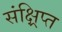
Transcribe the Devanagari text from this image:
संक्ष्रिप्त